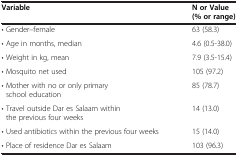
<table><thead><tr><td><b>Variable</b></td><td><b>N or Value (% or range)</b></td></tr></thead><tbody><tr><td>• Gender–female</td><td>63 (58.3)</td></tr><tr><td>• Age in months, median</td><td>4.6 (0.5-38.0)</td></tr><tr><td>• Weight in kg, mean</td><td>7.9 (3.5-15.4)</td></tr><tr><td>• Mosquito net used</td><td>105 (97.2)</td></tr><tr><td>• Mother with no or only primary school education</td><td>85 (78.7)</td></tr><tr><td>• Travel outside Dar es Salaam within the previous four weeks</td><td>14 (13.0)</td></tr><tr><td>• Used antibiotics within the previous four weeks</td><td>15 (14.0)</td></tr><tr><td>• Place of residence Dar es Salaam</td><td>103 (96.3)</td></tr></tbody></table>